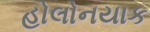
હોલોનયાક